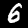
Label: 6